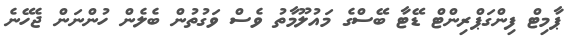
ޕާމިޓް ފިންގަޕްރިންޓް ޑޭޓާ ބޭސްގެ މައުލޫމާތު ވެސް ވަގުތުން ބެލެން ހުންނަން ޖެހޭނެ